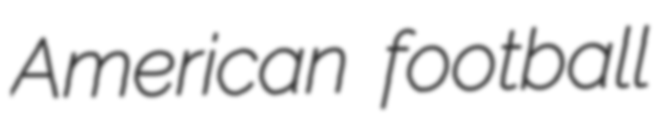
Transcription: American football